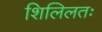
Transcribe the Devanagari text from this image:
शिलिलतः